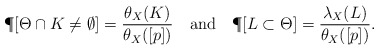
\begin{align*}\P[\Theta \cap K \not =\emptyset] = \frac{\theta_X(K)}{\theta_X([p])}\ \ \mbox{ and }\ \ \P[L\subset \Theta] = \frac{\lambda_X(L)}{\theta_X([p])}.\end{align*}